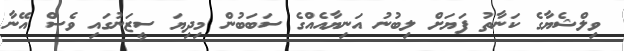
ވިލްޝެޔާގެ ކަނާތު ފަޔަށް ލިބުނު އަނިޔާއެއްގެ ސަބަބުން މިދިޔަ ސީޒަނުގައި ވެސް އޭނާ